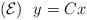
LaTeX: \begin{align*}\mathcal{(E)}\ \ y=Cx\end{align*}